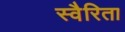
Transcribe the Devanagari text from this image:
स्वैरिता